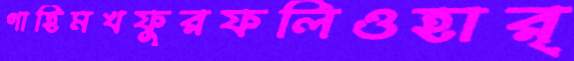
গাহিমখফুরফলিওহার্